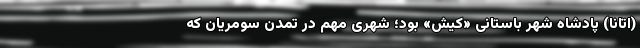
(اِتانا) پادشاه شهر باستانی «کیش» بود؛ شهری مهم در تمدن سومریان که